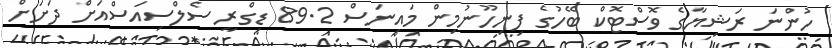
ހުންނަ ރަޝިޔާގެ ވޮސްޓޮކް ބޭހުގެ ފިނިހޫނުމިން މައިނަސް 89.2 ޑިގްރީ ސެލްސިއަސްއަށް ދަށަށް